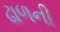
ઢાળની